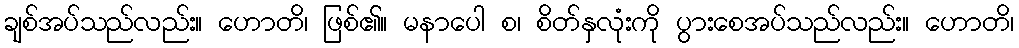
ချစ်အပ်သည်လည်း။ ဟောတိ၊ ဖြစ်၏။ မနာပေါ စ၊ စိတ်နှလုံးကို ပွားစေအပ်သည်လည်း။ ဟောတိ၊